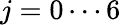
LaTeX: j=0\cdots 6